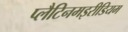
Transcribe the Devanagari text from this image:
प्लैटिनमइरीडियम